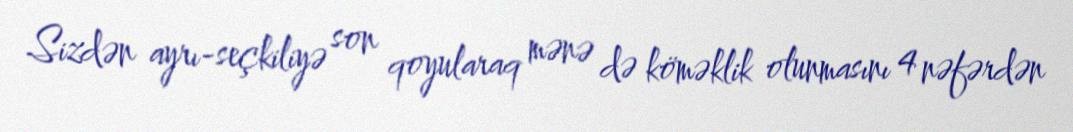
Sizdən ayrı-seçkiliyə son qoyularaq mənə də köməklik olunmasını 4 nəfərdən